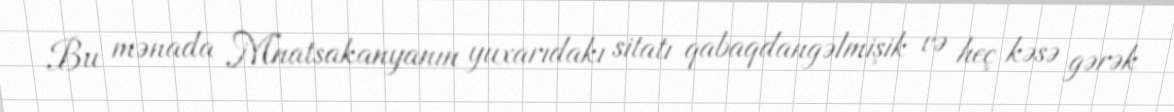
Bu mənada Mnatsakanyanın yuxarıdakı sitatı qabaqdangəlmişik və heç kəsə gərək